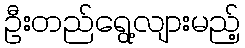
ဦးတည်ရွေ့လျားမည့်